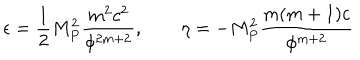
\epsilon = \frac { 1 } { 2 } M _ { P } ^ { 2 } \frac { m ^ { 2 } c ^ { 2 } } { \phi ^ { 2 m + 2 } } , \quad \quad \eta = - M _ { P } ^ { 2 } \frac { m ( m + 1 ) c } { \phi ^ { m + 2 } }